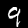
Label: 9